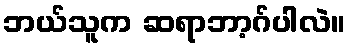
ဘယ်သူက ဆရာဘာ့ဂ်ပါလဲ။